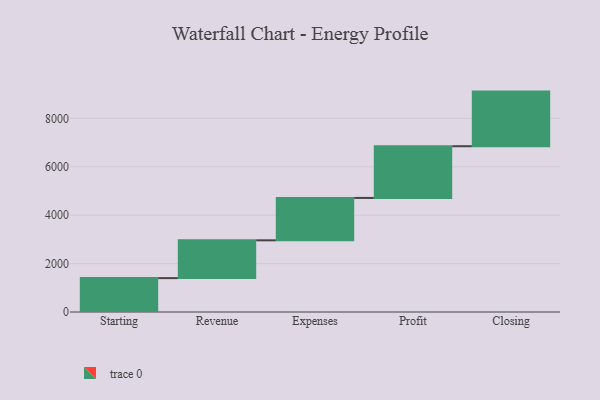
{"axis": {"x": "Step", "y": "Value"}, "legend": [""], "data": [{"x": "Starting", "y": 1400.0, "type": ""}, {"x": "Revenue", "y": 1562.0, "type": ""}, {"x": "Expenses", "y": 1751.0, "type": ""}, {"x": "Profit", "y": 2137.0, "type": ""}, {"x": "Closing", "y": 2257.0, "type": ""}]}